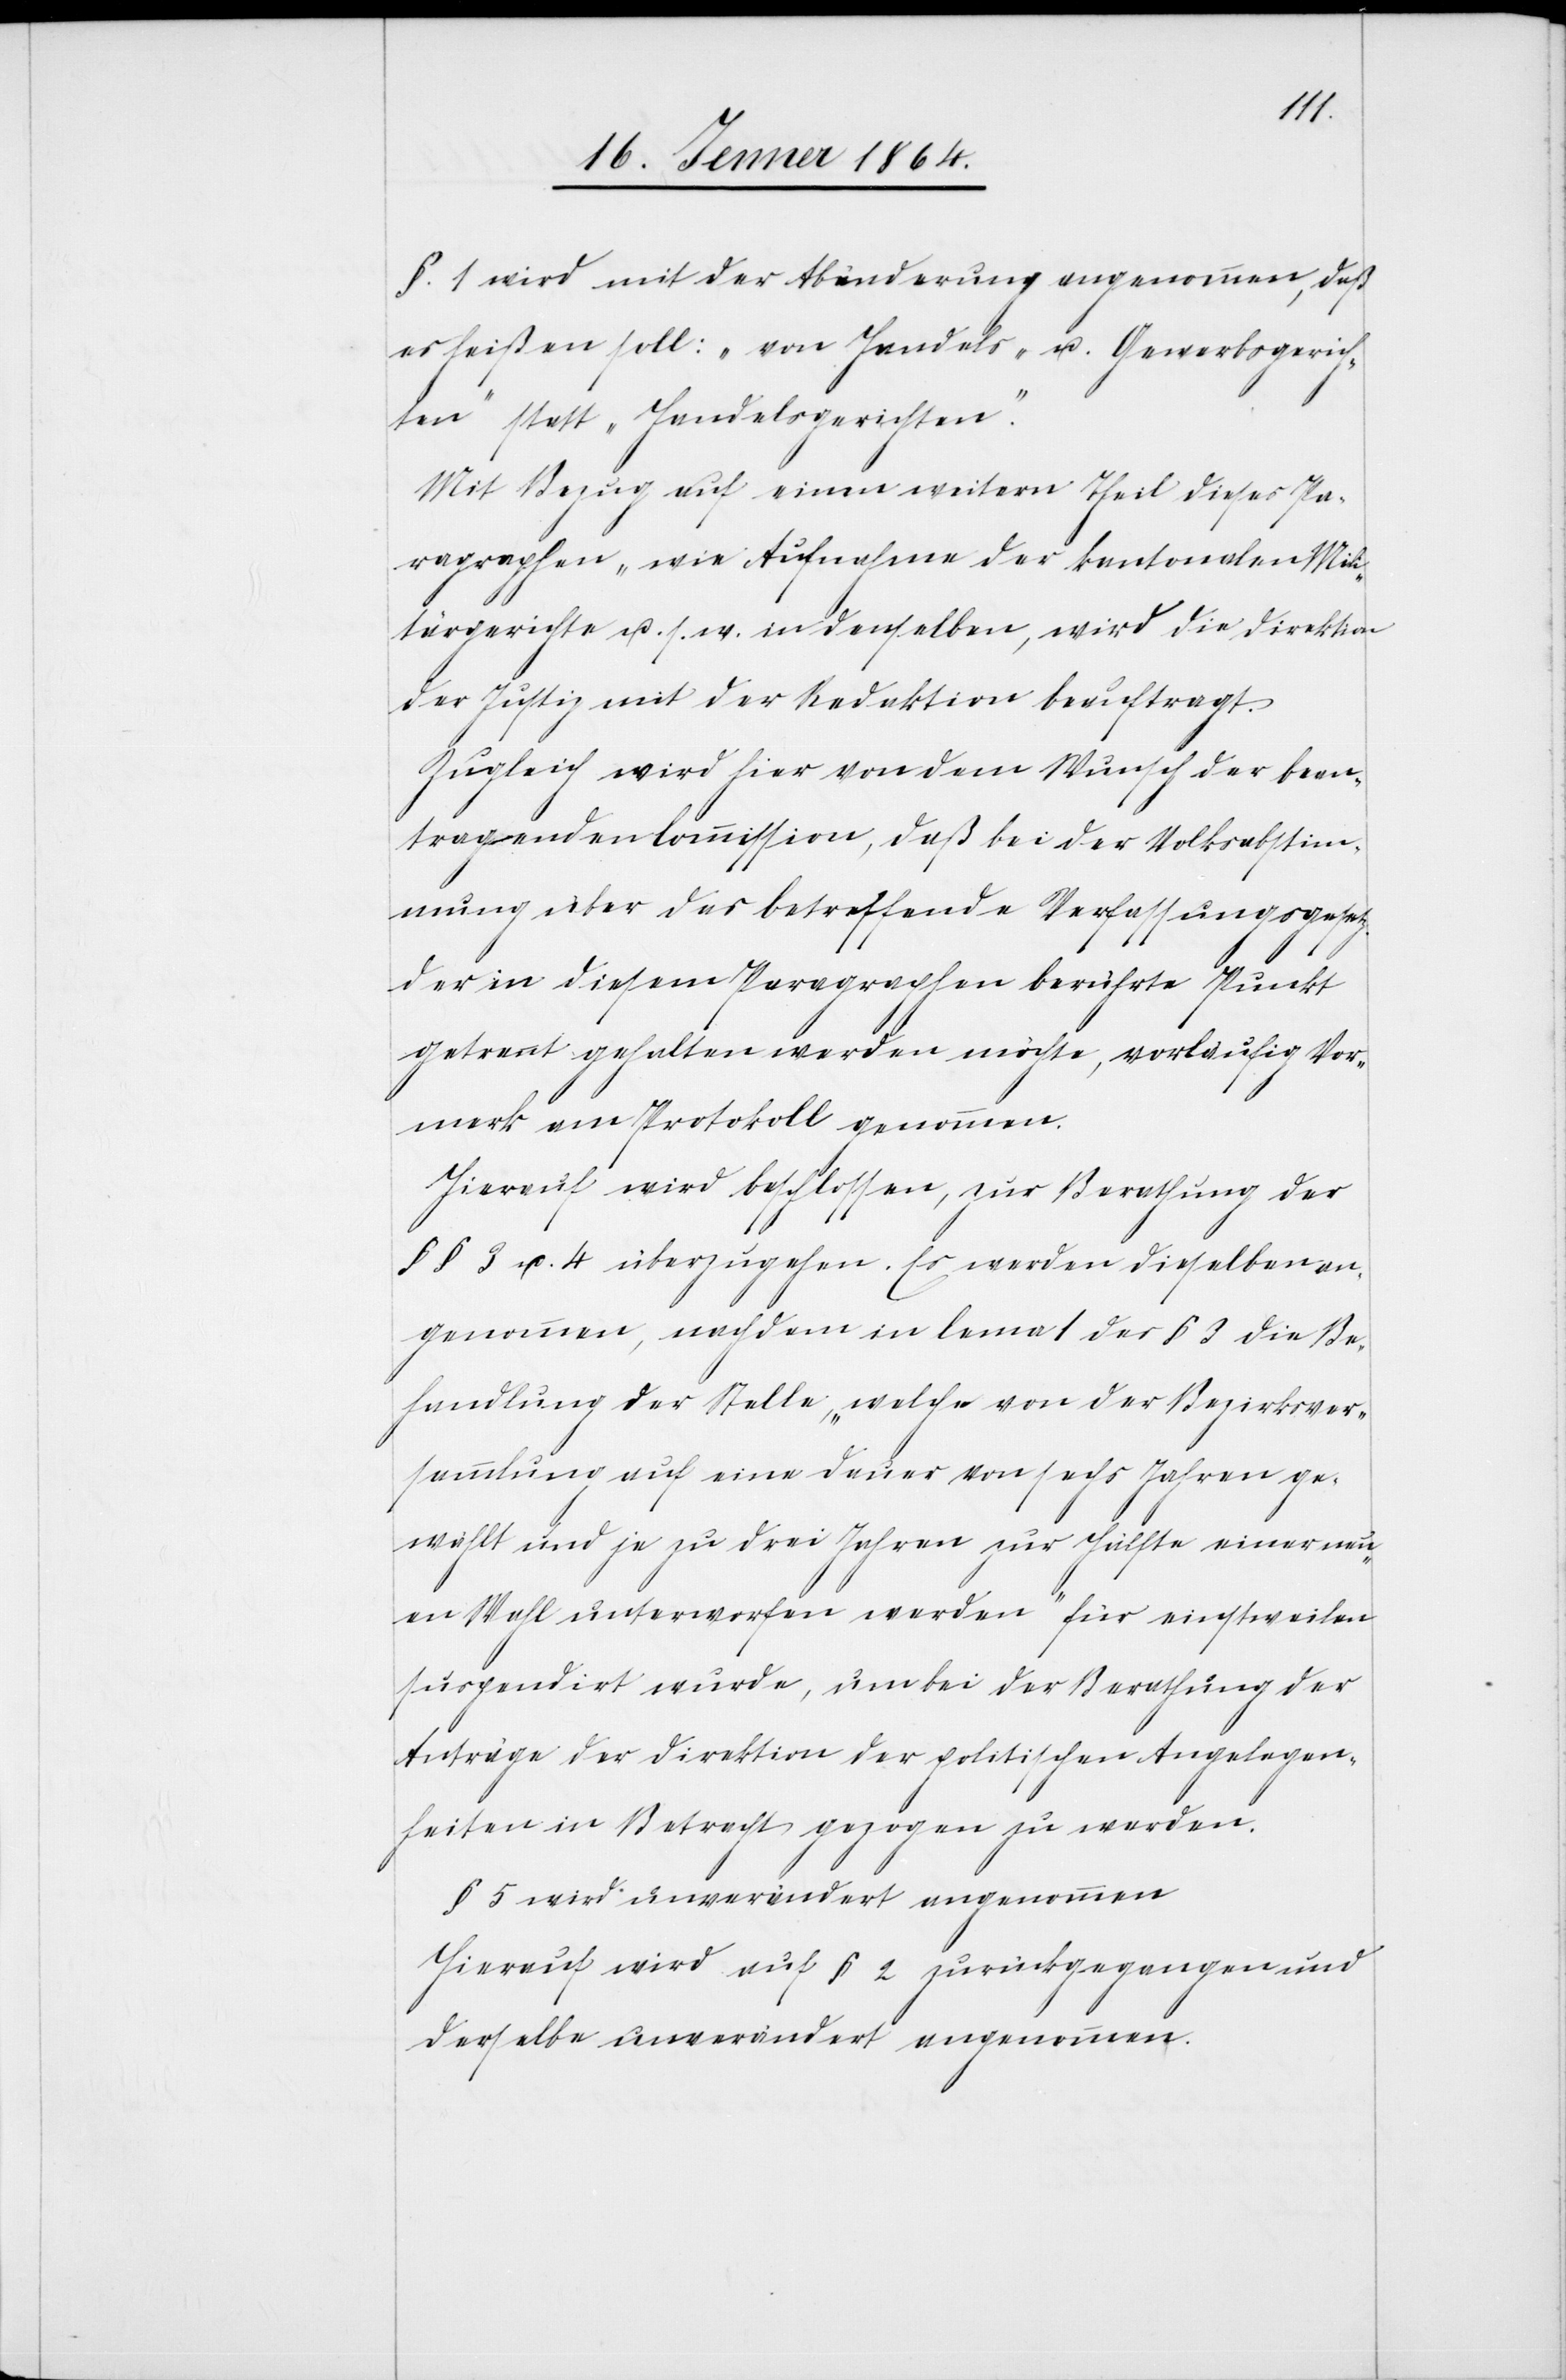
§. 1 wird mit der Abänderung angenommen, daß
es heißen soll: „von Handels- u. Gewerbsgerich¬
ten“ statt „Handelsgerichten“.
Mit Bezug auf einen weitern Theil dieses Pa¬
ragraphen wie Aufnahme der kantonalen Mili¬
tärgerichte u. s. w. in denselben, wird die Direktion
der Justiz mit der Redaktion beauftragt.
Zugleich wird hier von dem Wunsch der bean¬
tragenden Commission, daß bei der Volksabstim¬
mung über das betreffende Verfassungsgesetz
der in diesem Paragraphen berührte Punkt
getrennt gehalten werden möchte, vorläufig Ver¬
merk am Protokoll genommen.
Hierauf wird beschlossen, zur Berathung der
§§ 3 u. 4 überzugehen. Es wurden dieselben an¬
genommen, nachdem in lema 1 des § 3 die Be¬
handlung der Stelle, „welche von der Bezirksver¬
sammlung auf eine Dauer von sechs Jahren ge¬
wählt und je zu drei Jahren zur Hälfte einer neu¬
en Wahl unterworfen werden“ für einstweilen
suspendiert wurde, um bei der Berathung der
Anträge der Direktion der politischen Angelegen¬
heiten in Betracht gezogen zu werden.
§ 5 wird unverändert angenommen
Hierauf wird auf § 2 zurückgegangen und
derselbe unverändert angenommen.